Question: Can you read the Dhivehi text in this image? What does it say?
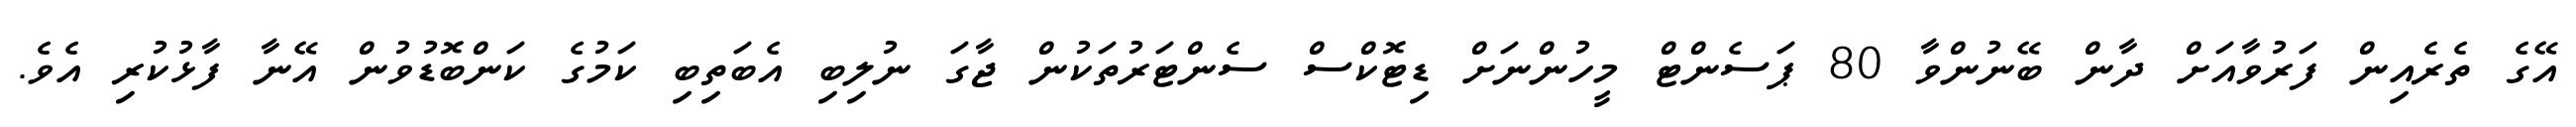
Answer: އޭގެ ތެރެއިން ފަރުވާއަށް ދާން ބޭނުންވާ 80 ޕަސެންޓް މީހުންނަށް ޑިޓޮކްސް ސެންޓަރުތަކުން ޖާގަ ނުލިބި އެބަތިބި ކަމުގެ ކަންބޮޑުވުން އޭނާ ފާޅުކުރި އެވެ.